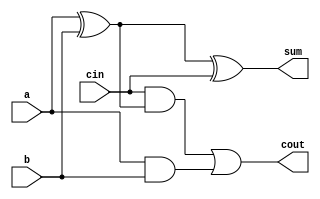
module fa_df(input a,b,cin,output sum,cout);
assign sum=a^b^cin;
assign cout=cin&(a^b)|(a&b);
endmodule
module ha_df(input a,b,output sum,cout);
assign sum=a^b;
assign cout=a&b;
endmodule
module tdm_tree_8(x0,x1,x2,x3,x4,c0,c1,c2,sum,cout);
input x0,x1,x2,x3,x4,c0,c1,c2;
output  sum,cout;
wire s0,s1,s2,c4,c5,c6;
fa_df m1(x0,x1,x2,s2,c6);
fa_df m2(x3,x4,c2,s1,c5);
ha_df m3(c0,c1,s0,c4);
fa_df m4(s0,s1,s2,sum,cout);
endmodule